Source: Handwritten
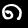
Digit: ၈ (8)